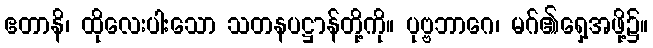
ဧတာနိ၊ ထိုလေးပါးသော သတနပဋ္ဌာန်တို့ကို။ ပုဗ္ဗဘာဂေ၊ မဂ်၏ရှေ့အဖို့၌။